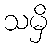
သမှိ